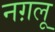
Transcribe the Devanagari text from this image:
नग़लू